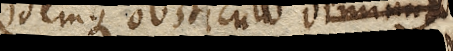
Idemque obstaculo diminuto